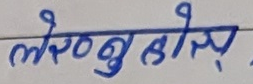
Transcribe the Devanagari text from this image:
लेख्नु होस्